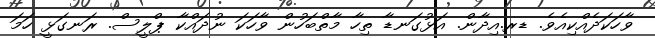
ވާހަކަދެއްކިއެވެ. ޑރ.އިދާން. އަޅުގަނޑާ ތިހާ މާތްބަހުން ވާހަކަ ނުދައްކާ ޕްލީސް. ރަނގަޅީ ހަމަ